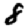
Digit: 8